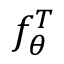
f _ { \theta } ^ { T }